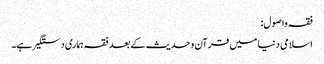
فقہ واصول:
اسلامی دنیا میں قرآن وحدیث کے بعد فقہ ہماری دستگیر ہے۔